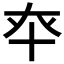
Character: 𰅳